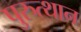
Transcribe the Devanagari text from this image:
पुरुत्थान